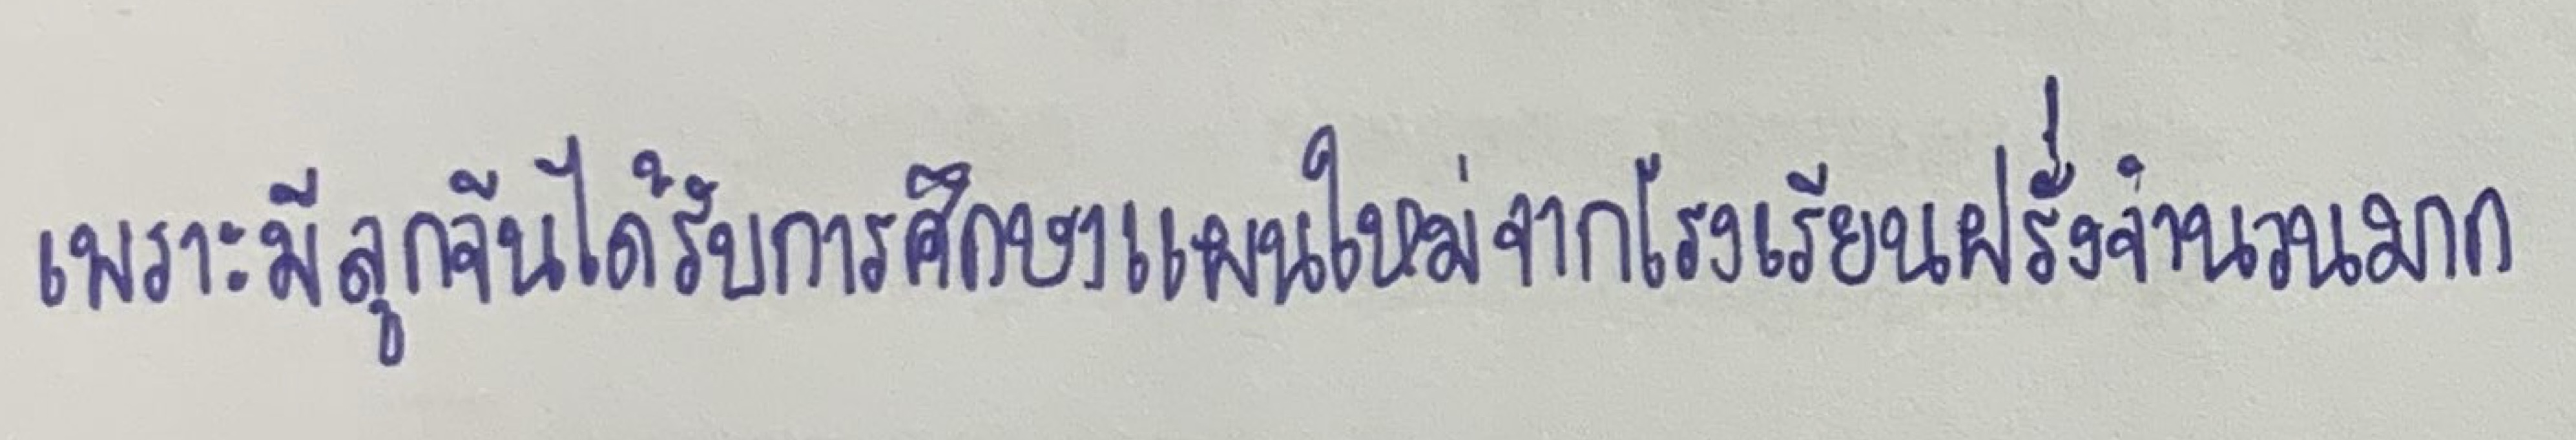
เพราะมีลูกจีนได้รับการศึกษาแผนใหม่จากโรงเรียนฝรั่งจำนวนมาก